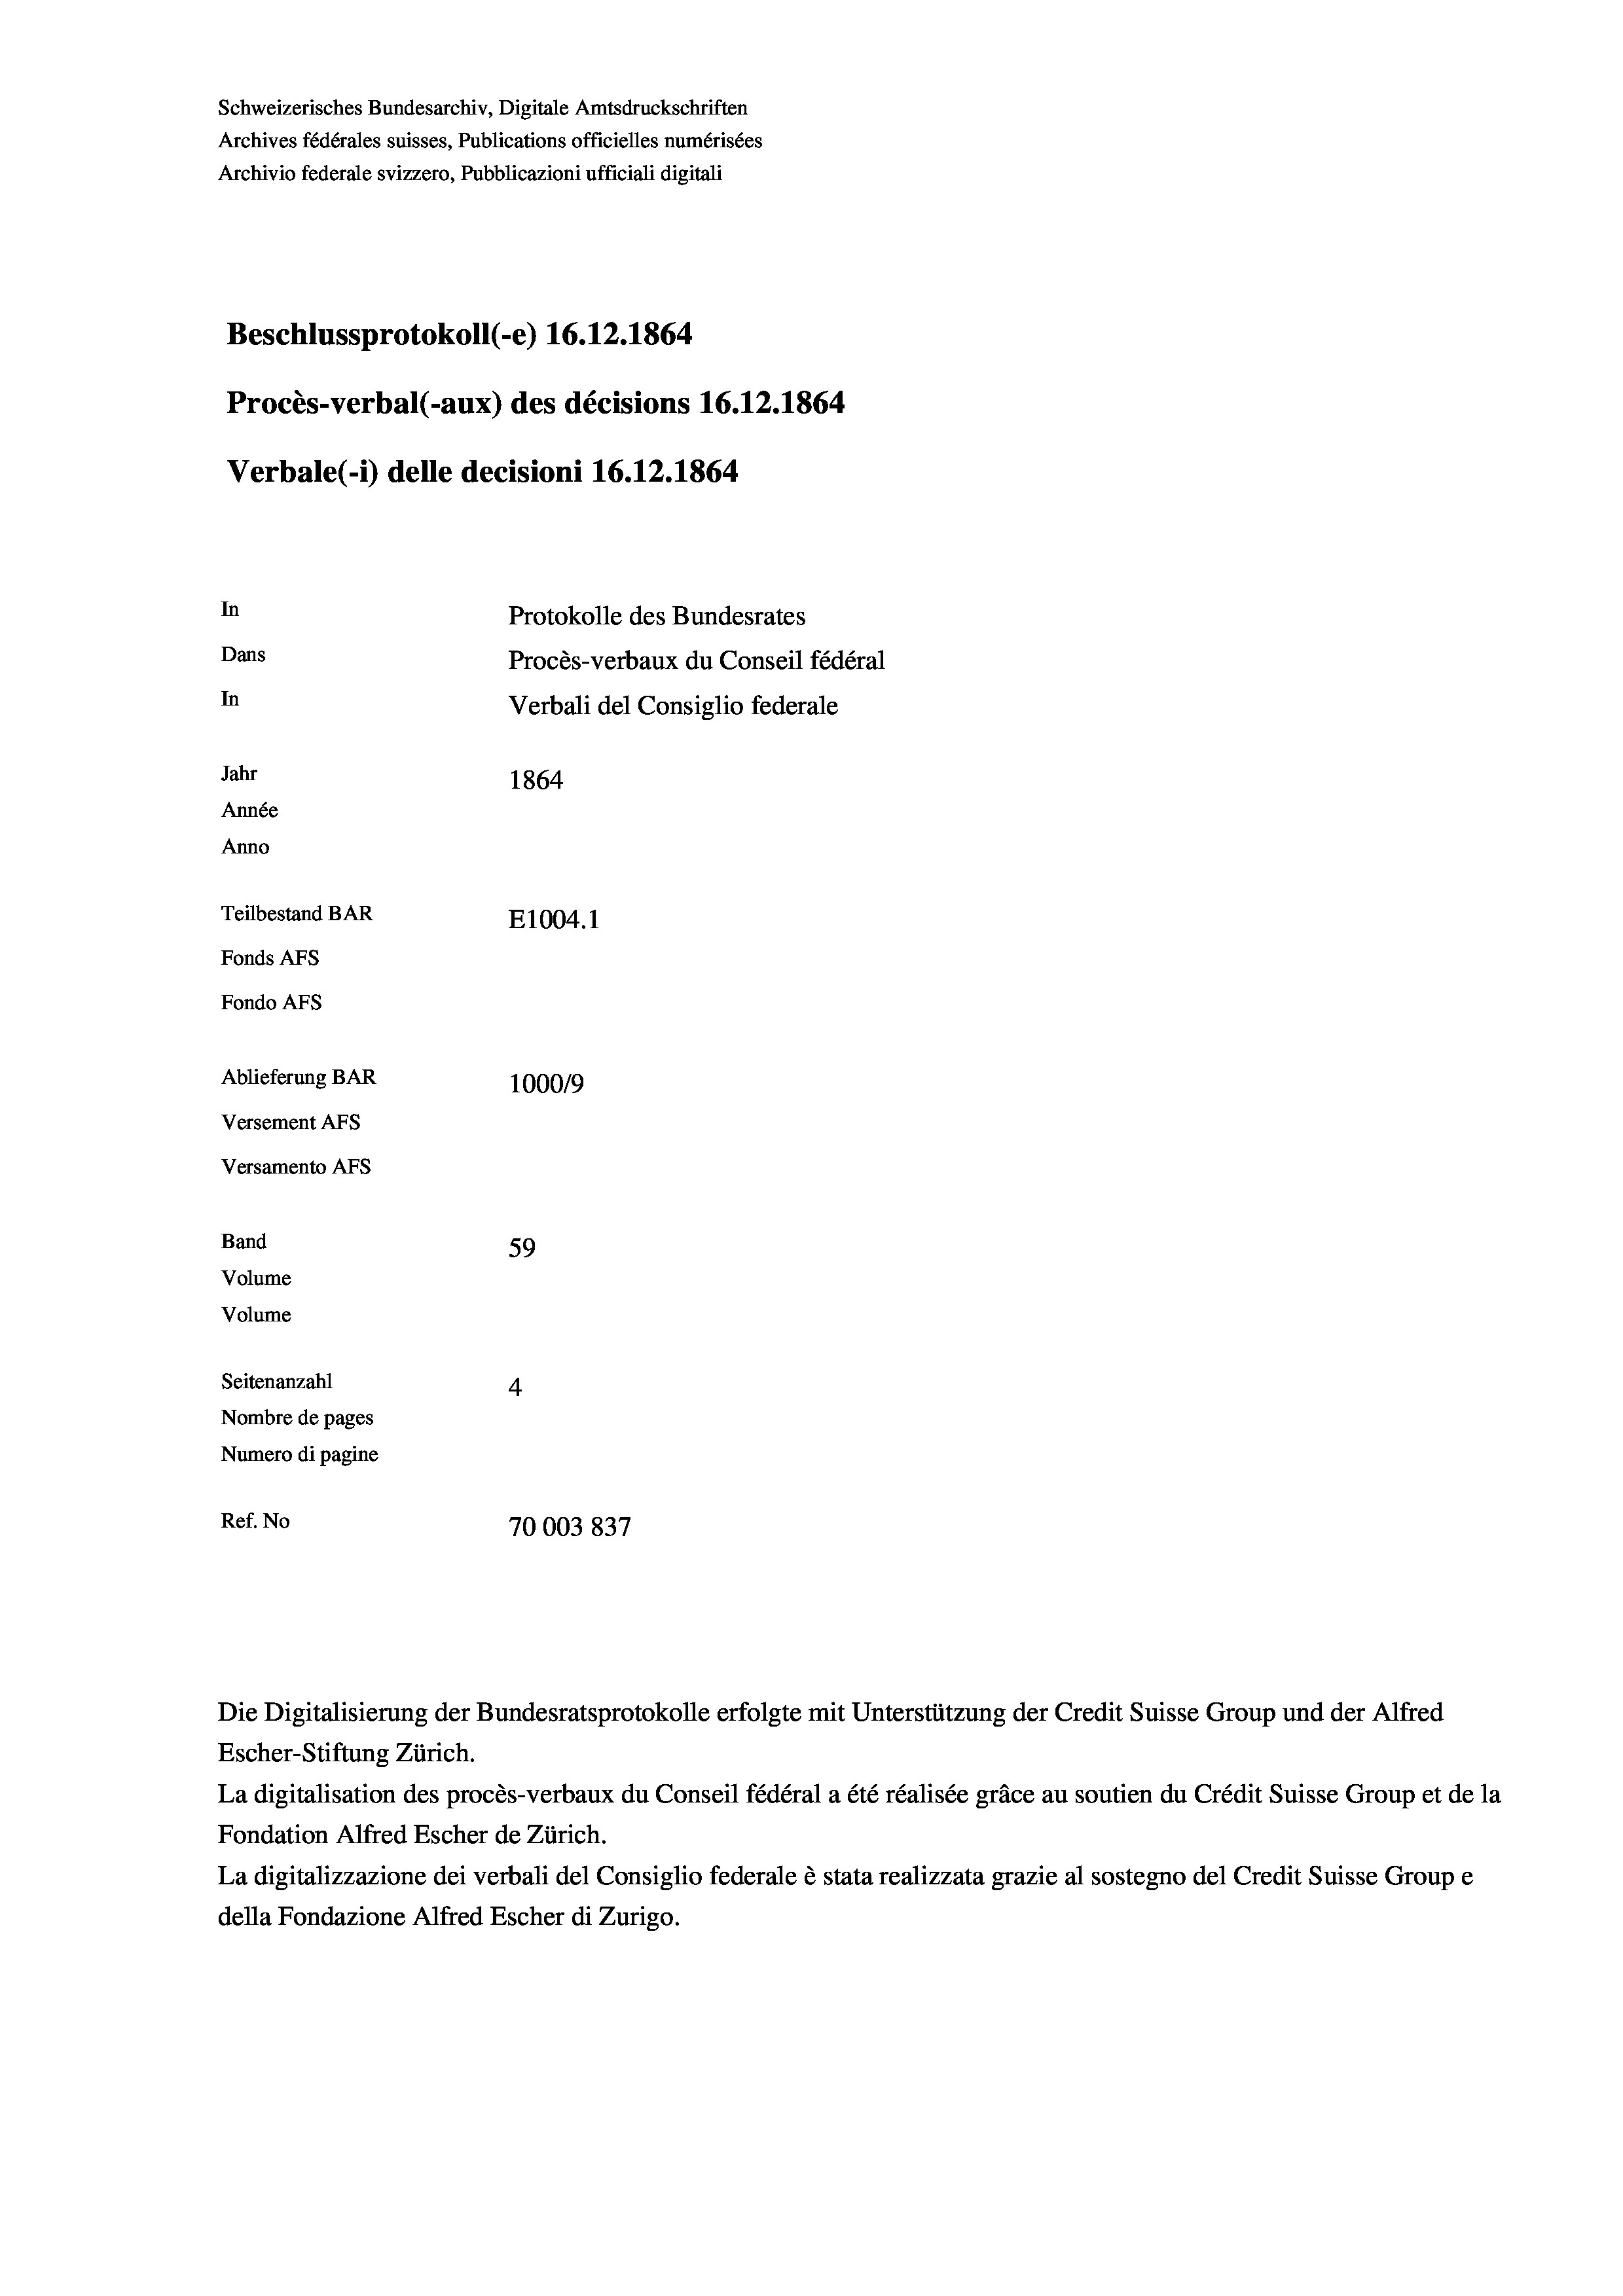
Schweizerisches Bundesarchiv, Digitale Amtsdruckschriften
Archives fédérales suisses, Publications officielles numérisées
Archivio federale svizzero, Pubblicazioni ufficiali digitali
Beschlussprotokoll (-e) 16.12.1864
Procès-verbal (-aux) des décisions 16.12.1864
Verbale (i) delle decisioni 16.12.1864
In
Protokolle des Bundesrates
Dans
Procès-verbaux du Conseil fédéral
In
Verbali del Consiglio federale
Jahr
1864
Année
Anno
Teilbestand BAR
E1004. 1
Fonds Afs
Fondo Afs
Ablieferung BAR
1000/9
Versement AFS
Versamento Afs
Band
59
Volume
Volume
Seitenanzahl
4
Nombre de pages
Numero di pagine
Ref. No
70003 837

Escher-Stiftung Zürich.
La digitalisation des procès-verbaux du Conseil fédéral a été réalisée gräce au soutien du Crédit Suisse Group et de la
Fondation Alfred Escher de Zürich.
La digitalizzazione dei verbali del Consiglio federale è stata realizzata grazie al sostegno del Credit Suisse Groupe
della Fondazione Alfred Escher di Zurigo.

Die Digitalisierung der Bundesratsprotokolle erfolgte mit Unterstützung der Credit Suisse Group und der Alfred